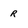
Character: R